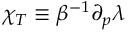
\chi _ { T } \equiv \beta ^ { - 1 } \partial _ { p } \lambda